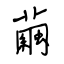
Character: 繭